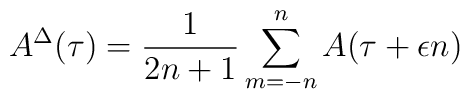
A^\Delta(\tau)=\frac{1}{2n+1}\sum^n_{m=-n}A(\tau+\epsilon n)